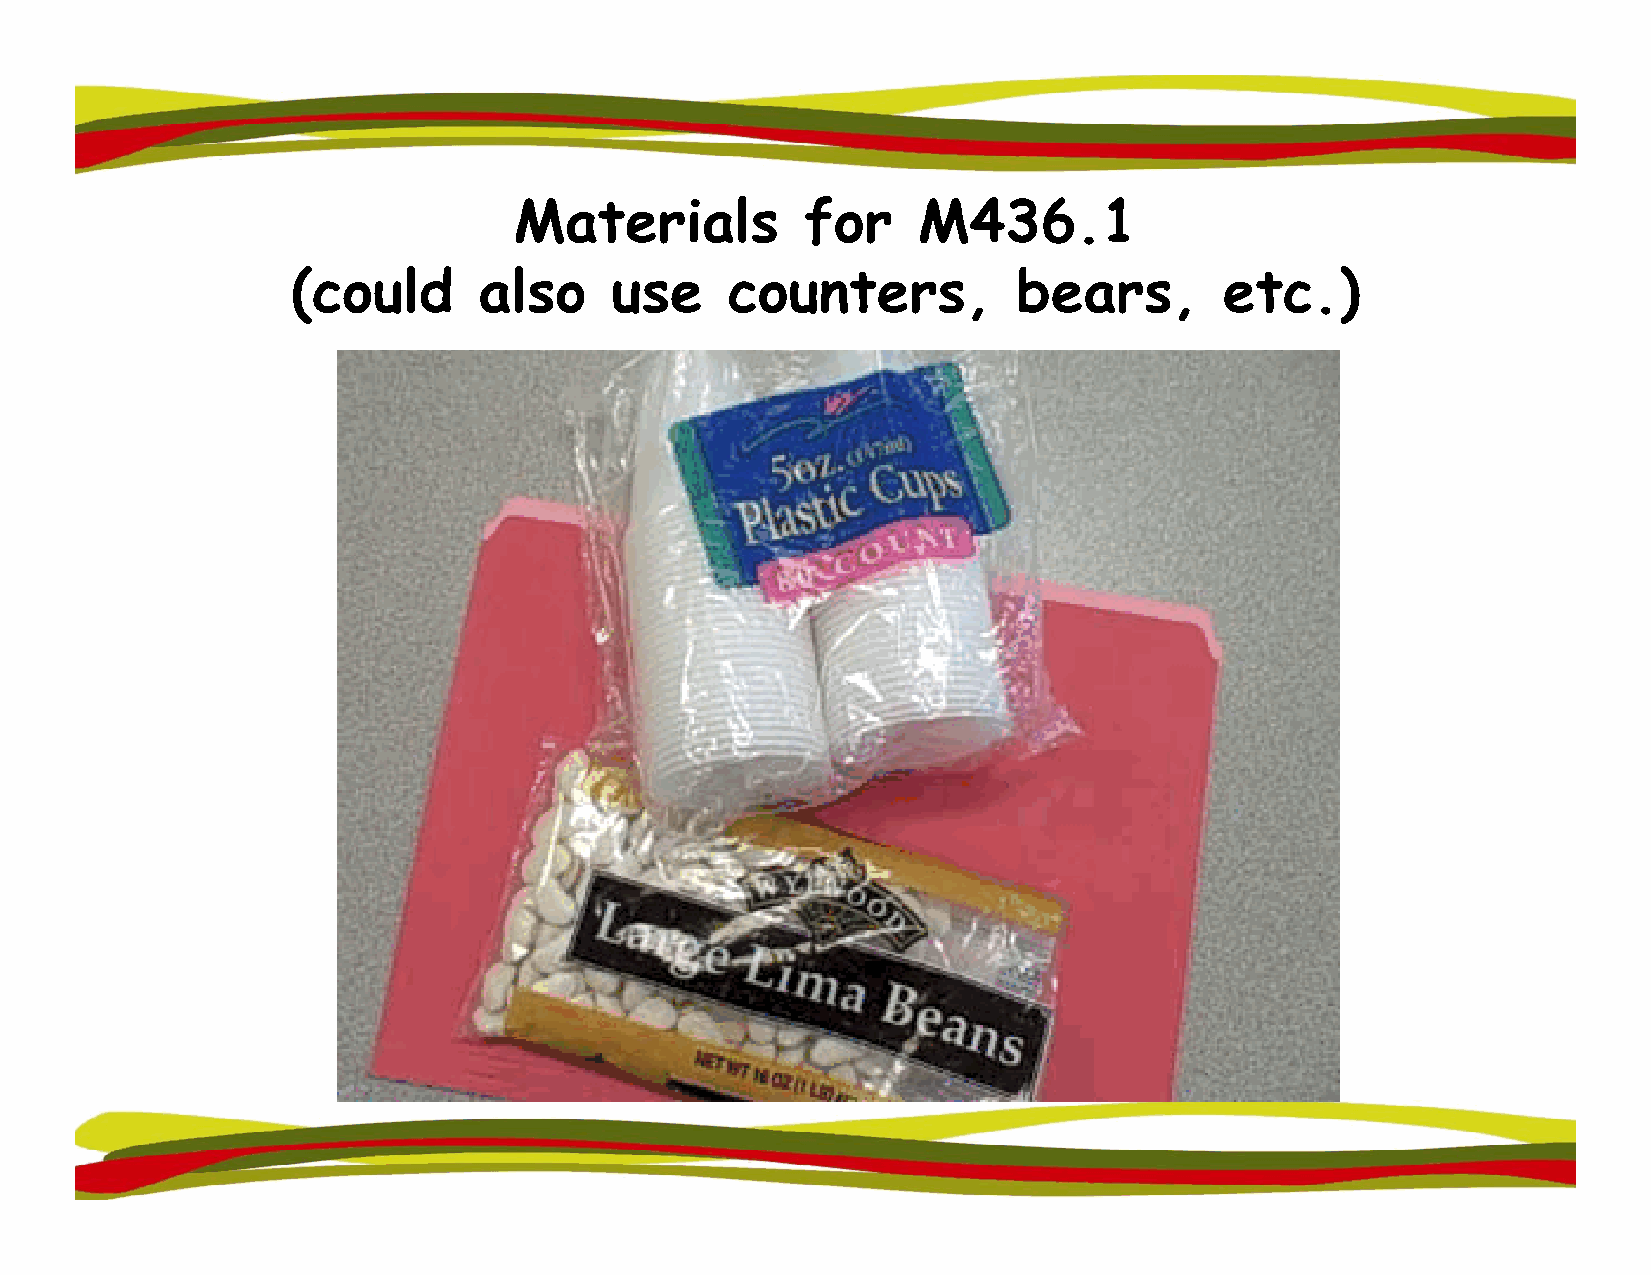
MMaatteerriiaallss ffoorr  MM443366.11
 (could       also    use     counters,          bears,        etc.)